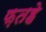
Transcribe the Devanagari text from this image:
फ़तहे